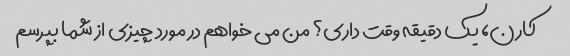
کارن، یک دقیقه وقت داری؟ من می خواهم در مورد چیزی از شما بپرسم